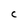
Character: C